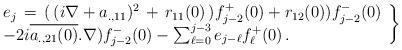
\begin{align*}\left . \begin{array}{l}e_j\, =\, (\, (i\nabla + a_{., 11})^2 \, +\, r_{11}(0) \, )f_{j-2}^{+}(0)+ r_{12}(0))f_{j-2}^{-}(0) \\-2i\overline{a_{. ,21}(0)}.\nabla )f_{j-2}^{-}(0)-\sum_{\ell =0}^{j-3} e_{j-\ell} f_{\ell}^{+}(0) \, .\end{array} \right \}\end{align*}